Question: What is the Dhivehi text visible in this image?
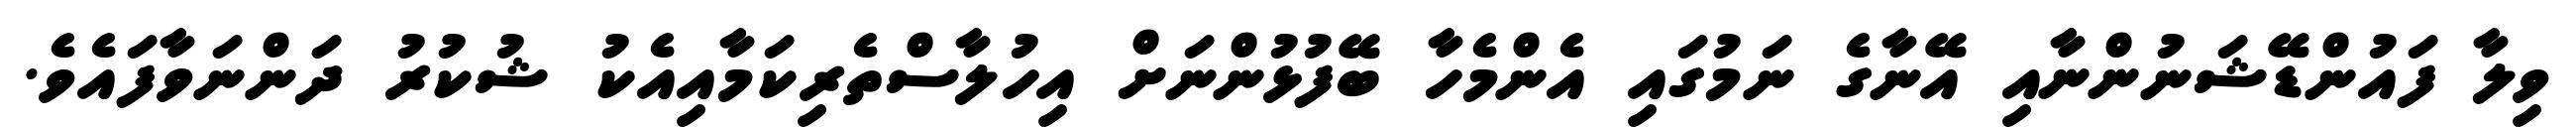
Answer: ވިލާ ފައުންޑޭޝަނުންނާއި އޭނާގެ ނަމުގައި އެންމެހާ ބޭފުޅުންނަށް އިހުލާސްތެރިކަމާއިއެކު ޝުކުރު ދަންނަވާފައެވެ.